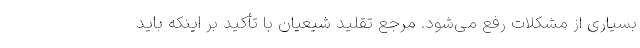
بسیاری از مشکلات رفع می‌شود. مرجع تقلید شیعیان با تأکید بر اینکه باید